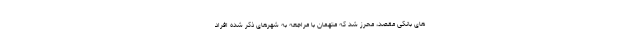
های بانکی مقصد، محرز شد که متهمان با مراجعه به شهرهای ذکر شده افراد